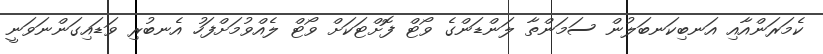
ކެމަރަންއާއި އަނބިކަނބަލުން ސަމަންތާ ލަންޑަންގެ ވޯޓް ފޮށްޓަކަށް ވޯޓް ލެއްވުމަށްފަހު އެނބުރި ވަޑައިގަންނަވަނީ